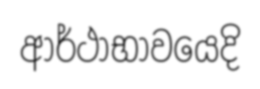
ආර්ථාභාවයෙදි